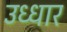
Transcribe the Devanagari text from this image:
उध्धार